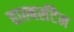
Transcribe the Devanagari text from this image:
हाल्बर्सटैम